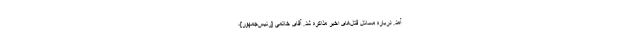
آمد. درباره مسائل قتل‌هاى اخیر مذاكره شد. آقاى خاتمى [رئیس‌جمهور]،